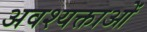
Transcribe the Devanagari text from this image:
अवश्यक्ताओं